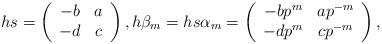
LaTeX: \begin{align*} h s = \left( \begin{array}{cc} -b & a \\ -d & c \end{array}\right), h\beta_m = hs\alpha_m = \left( \begin{array}{cc} -bp^m & ap^{-m} \\ -dp^m & cp^{-m} \end{array}\right),\end{align*}